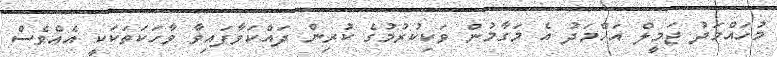
މުހައްމަދު ޖަމީލް އަހްމަދު އެ މަގާމުން ވަކިކުރުމުގެ ކުރިން ދައްކަވާފައިވާ ވާހަކަތަކަކީ އެއްވެސް